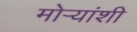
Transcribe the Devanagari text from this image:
मोर्‍यांशी